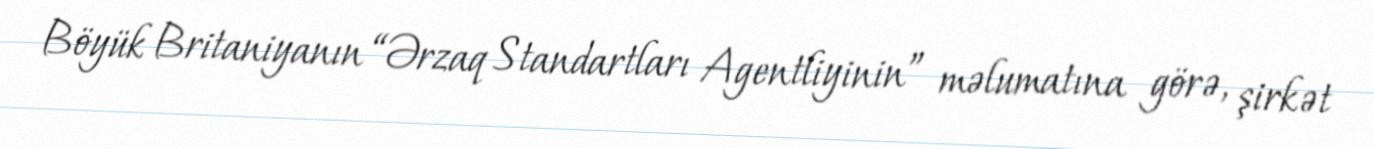
Böyük Britaniyanın “Ərzaq Standartları Agentliyinin” məlumatına görə, şirkət